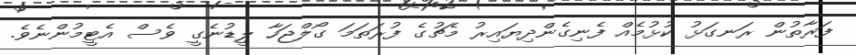
ފަރާތުން ރަނގަޅު ކުޅުމެއް ފެނިގެންދިޔައިރު މެޗުގެ ފުރަތަމަ ގޯލްޖަހާ ލީޑުނެގީ ވެސް އެޓީމުންނެވެ.